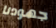
جهودنا